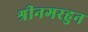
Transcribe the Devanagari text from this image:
श्रीनगरहुन